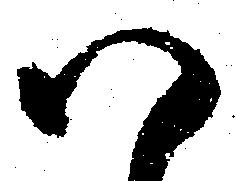
八